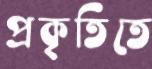
প্রকৃতিতে